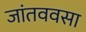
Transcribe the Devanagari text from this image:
जांतववसा